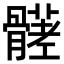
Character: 𩪒